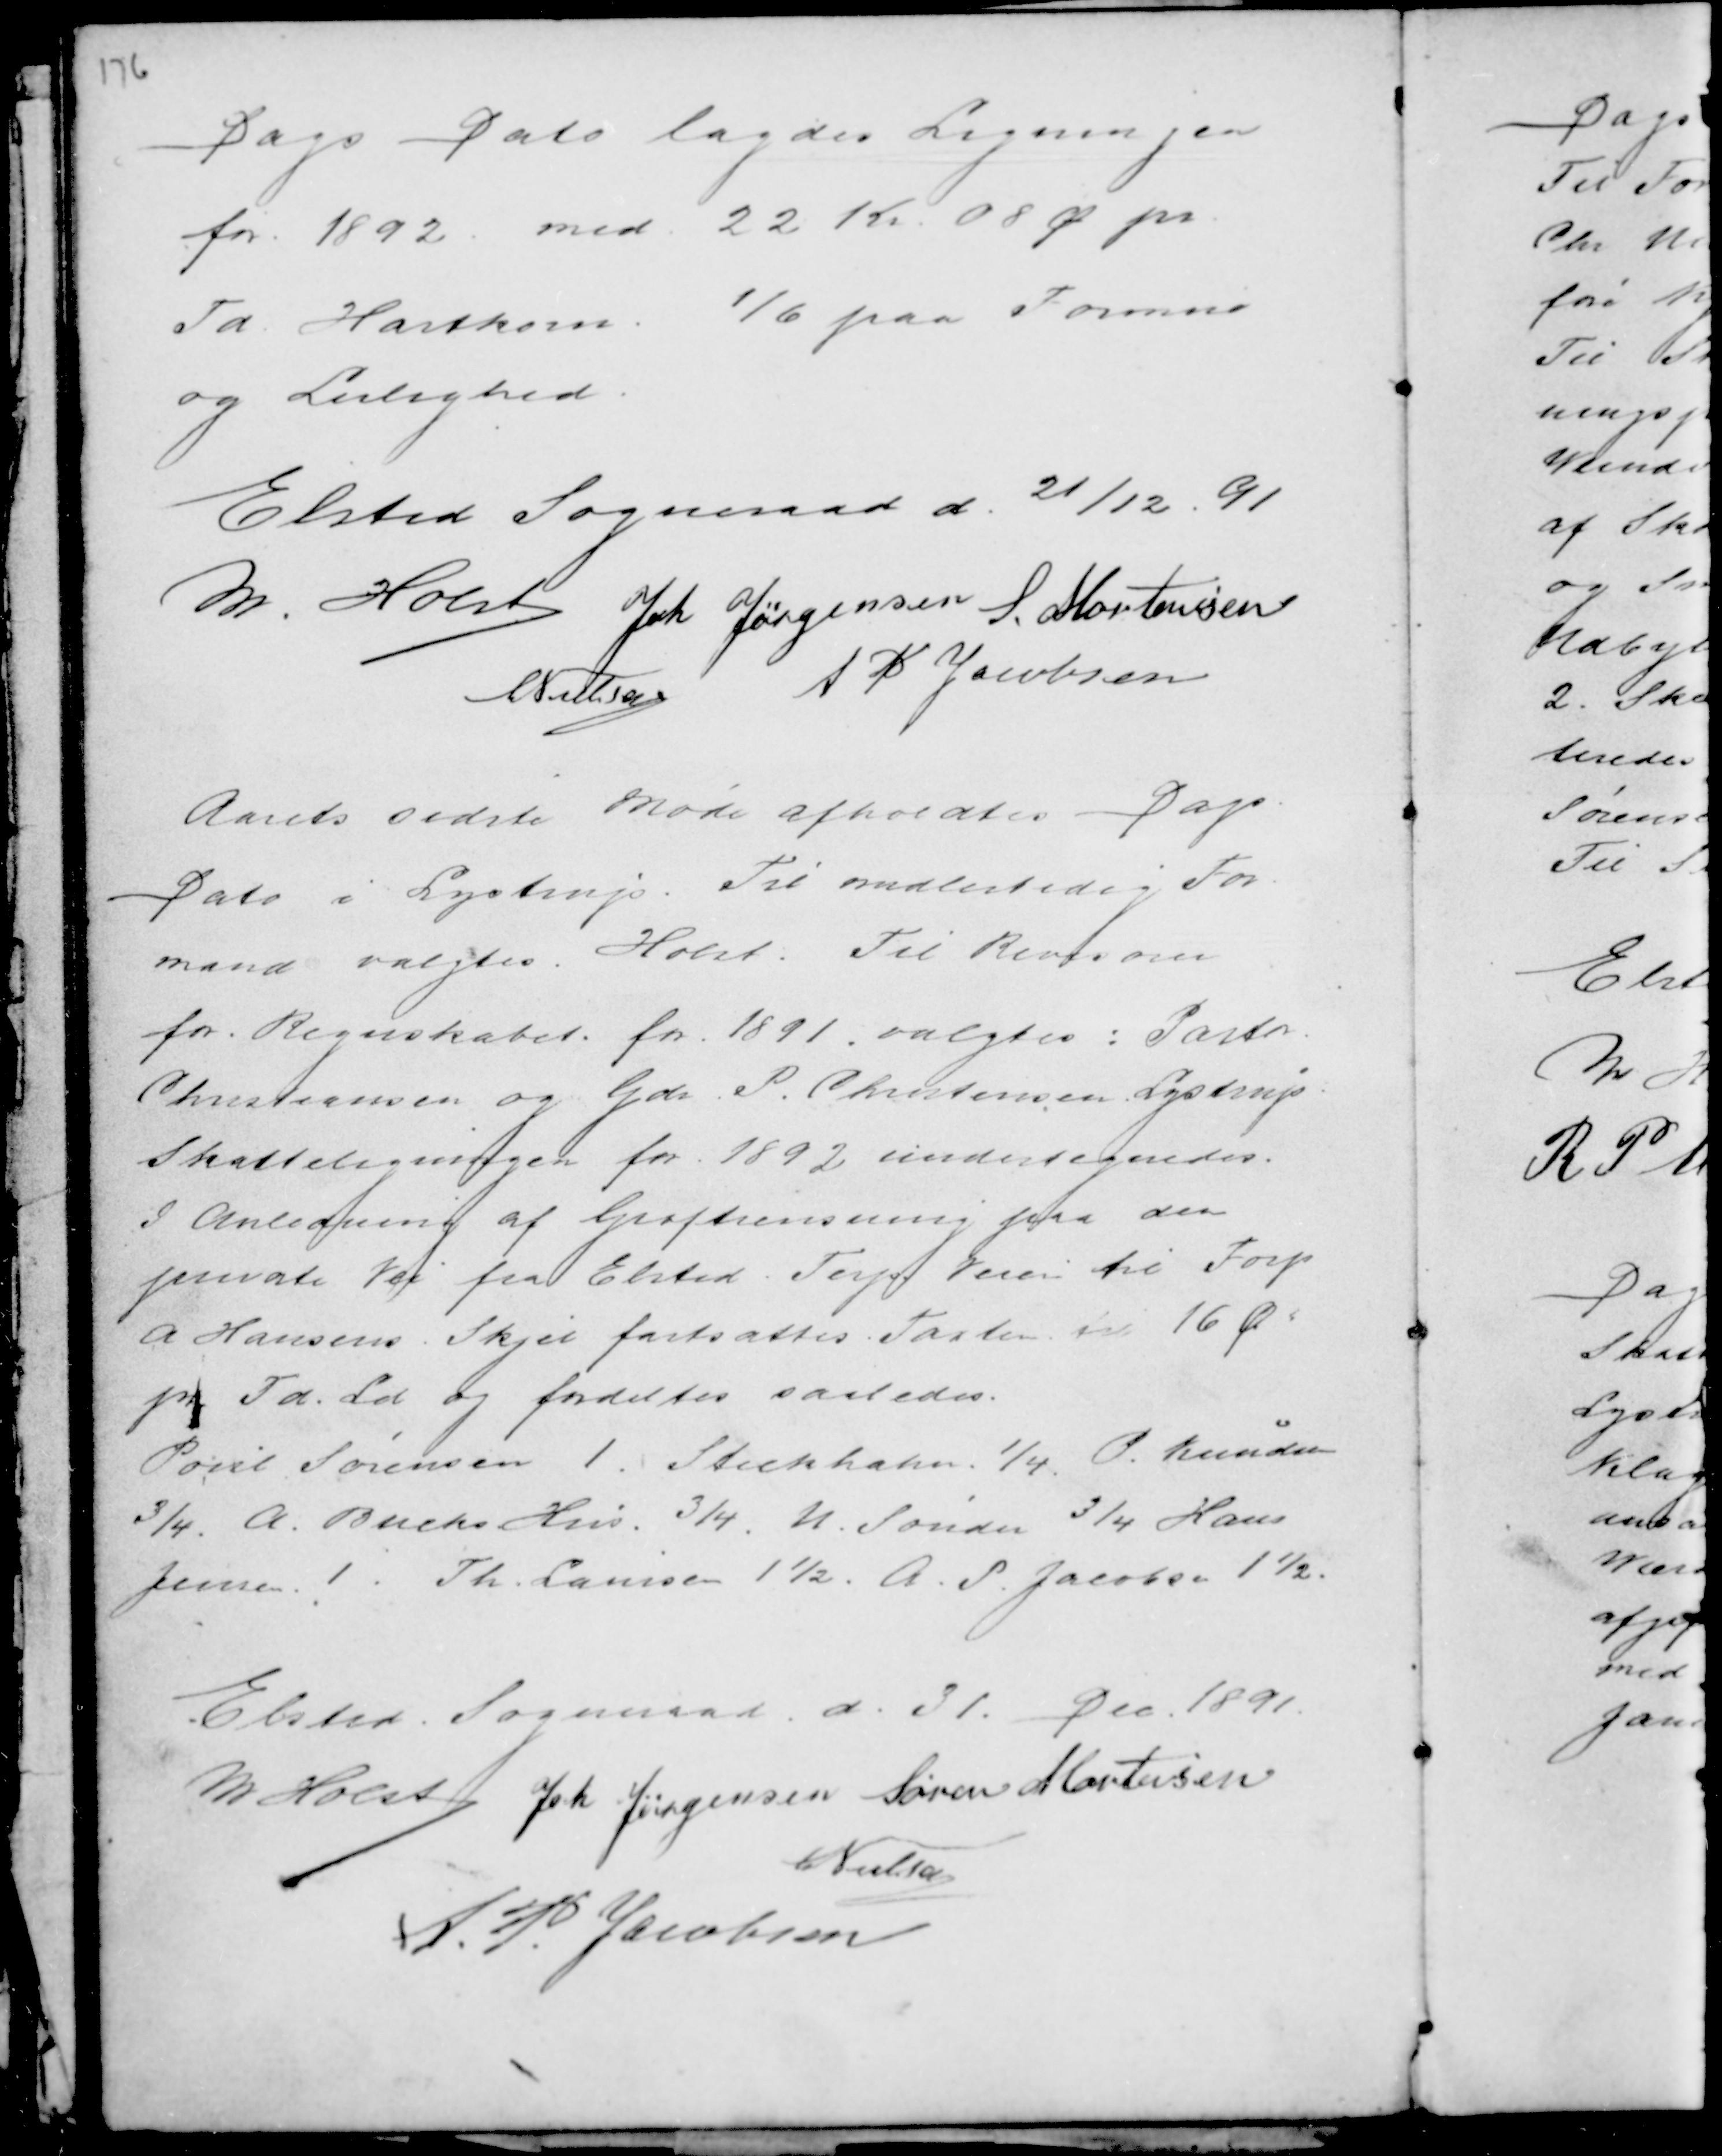
Transskription:
Dags Dato lagdes Ligningen
for 1892 med 22 Kr. 08 Ø pr
Td Hartkorn 1/6 paa Formue
og Lejlighed.

Elsted Sogneraad d. 21/12. 91
M. Holst Joh Jørgensen S. Mortensen
C Nielsen A P Jacobsen

Aarets sidste Møde afholdtes Dags
Dato i Lystrup. Til midlertidig For-
mand valgtes Holst. Til Revision
for Regnskabet for 1891 valgtes: Pastor
Christiansen og Gdr P. Christensen Lystrup.
Skatteligningen for 1892 undertegnedes.
I Anledning af Grøfterensning paa den
private Vei fra Elsted Terp Veien til Forp
A Hansens Skjel fastsattes Taxten til 16 Ø.
pr Td. Ld og fordeltes saaledes.
Poul Sørensen 1. Strechhahn ¼ P. Knudsen
¾. Buchs Hus ¾. N. Sønder ¾ Hans
Jensen 1. Th. Laursen 1½ A. P. Jacobsen 1½.

Elsted Sogneraad d. 31. Dec. 1891.
M Holst Joh Jørgensen Søren Mortensen
C Nielsen
A. P. Jacobsen